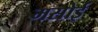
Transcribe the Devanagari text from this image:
मसोई